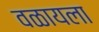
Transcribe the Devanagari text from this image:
वळायला